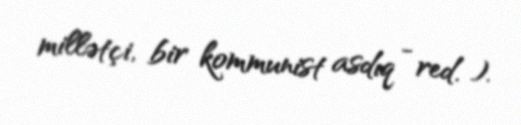
millətçi, bir kommunist asdıq - red. ).